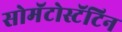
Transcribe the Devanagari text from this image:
सोमॅटोस्टॅटिन